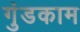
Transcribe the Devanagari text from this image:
गुंडकाम